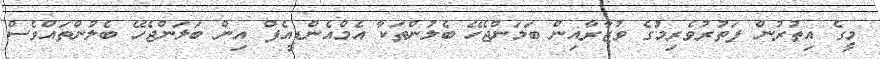
މީގެ އިތުރުން ފަތުރުވެރިމަުގެ ވުޒާރާއިން ބަލަންޖެހޭ ބެލުންތަކާ އެމްއެންޑީއެފް އިން ބަލަންޖެހޭ ބެލުންތައްވެސް